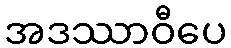
အဒဿာဝီပေ